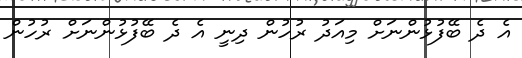
އެ ދެ ބޭފުޅުންނަށް މިއަދު ރުހުން ދިނީ އެ ދެ ބޭފުޅުންނަށް ރުހުން